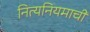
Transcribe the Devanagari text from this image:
नित्यनियमाची